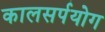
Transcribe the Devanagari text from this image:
कालसर्पयोग